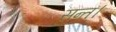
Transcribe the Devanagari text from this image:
सन्त।